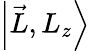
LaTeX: \left|{\vec{L}},L_{z}\right\rangle